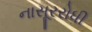
નાસૂરરોધી